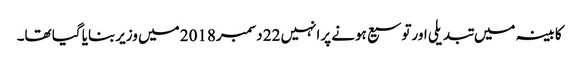
کابینہ میں تبدیلی اورتوسیع ہونے پرانہیں 22 دسمبر2018 میں وزیربنایا گیا تھا۔